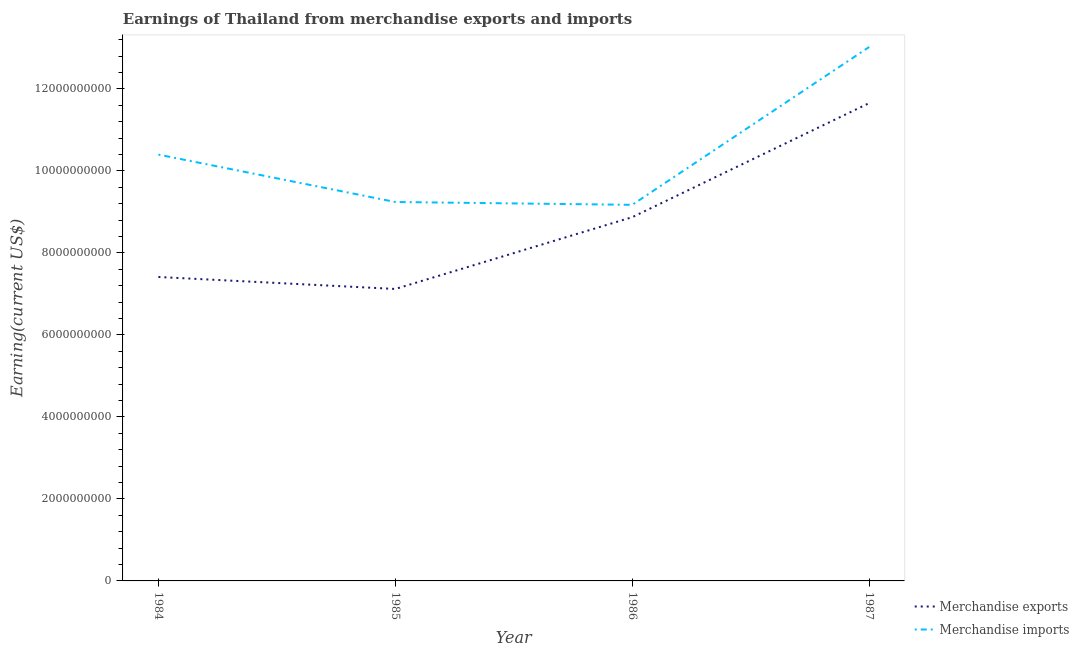
| Year | Merchandise exports | Merchandise imports |
 | --- | --- | --- |
 | 1984 | 7.41e+09 | 1.04e+10 |
 | 1985 | 7.12e+09 | 9.24e+09 |
 | 1986 | 8.87e+09 | 9.17e+09 |
 | 1987 | 1.17e+10 | 1.3e+10 |